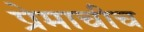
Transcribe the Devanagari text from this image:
प्रेमाचीच